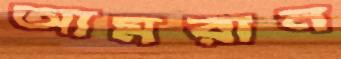
আমরান